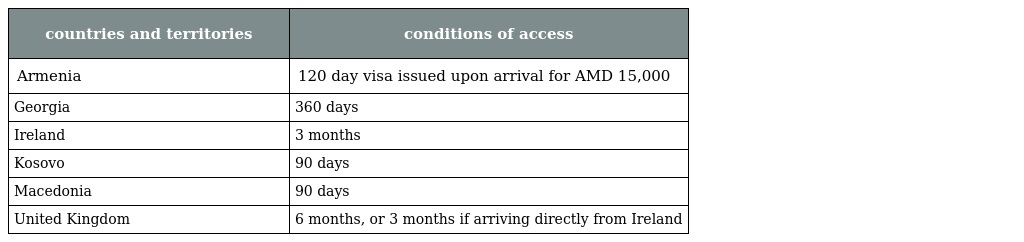
| countries and territories | conditions of access |
 | --- | --- |
 | Armenia | 120 day visa issued upon arrival for AMD 15,000 |
 | Georgia | 360 days |
 | Ireland | 3 months |
 | Kosovo | 90 days |
 | Macedonia | 90 days |
 | United Kingdom | 6 months, or 3 months if arriving directly from Ireland |